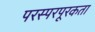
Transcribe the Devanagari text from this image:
परस्परपूरकता